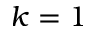
k = 1